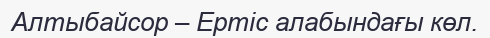
Алтыбайсор – Ертіс алабындағы көл.